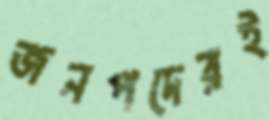
জনপদেরই